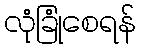
လုံခြုံစေရန်